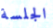
الجلسة